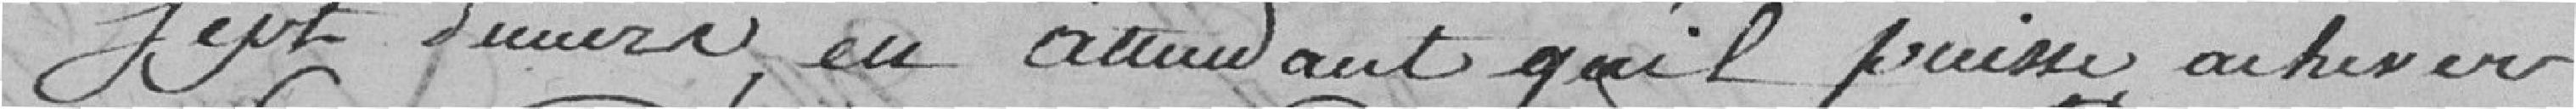
sept deniers, en attendant qu'il puisse achever